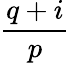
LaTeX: \frac{q+i}{p}